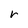
Character: r